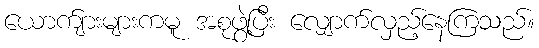
ယောက်ျားများကမူ အစုဖွဲ့ပြီး လျှောက်လှည့်နေကြသည်။